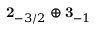
\mathbf { 2 } _ { - 3 / 2 } \oplus \mathbf { 3 } _ { - 1 }